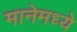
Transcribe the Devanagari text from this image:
मानेमध्ये